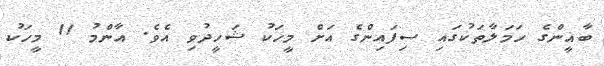
ބާޣީންގެ ހަމަލާތަކުގައި ސިފައިންގެ އަށް މީހަކު ޝަހީދުވި އެވެ. އާންމު 11 މީހަކު